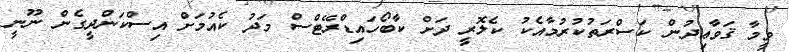
ވީމާ ޤަވާޢިދުން ކަސްރަތުކުރުމާއެކު ކެލޮރީ ދަށް ކާބޯހައިޑްރޭޓްސް މަދު ކެއުމަށް އިސްކަންދީގެން ނޫނީ